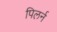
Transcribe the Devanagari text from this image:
पिलर्न